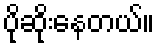
ပိုဆိုးနေတယ်။